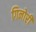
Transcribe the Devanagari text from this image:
गिनोरी